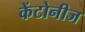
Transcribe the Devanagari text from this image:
केंटोनीज